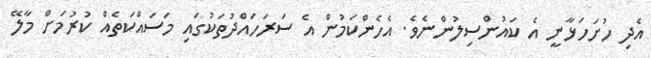
އެދި ހުށަހަޅާނީ އެ ކައުންސިލުންނެވެ. އެހެންކަމުން އެ ސަރަހައްދުތަކުގައި މަސައްކަތެއް ކުރުމަށް މާލޭ